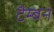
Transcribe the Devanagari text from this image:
टैम्बन